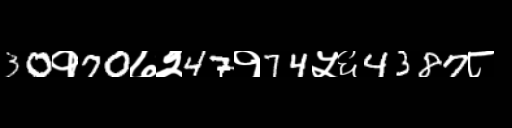
Text: 30१70७२47१74५६4387८